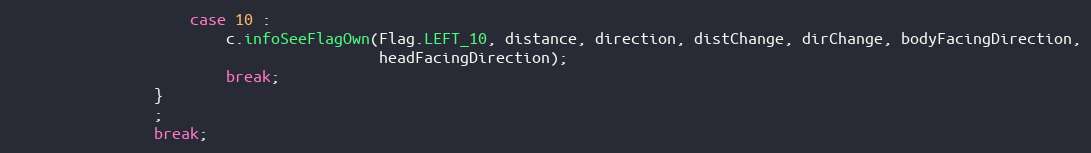
Language: Java
                    case 10 :
                        c.infoSeeFlagOwn(Flag.LEFT_10, distance, direction, distChange, dirChange, bodyFacingDirection,
                                         headFacingDirection);
                        break;
                }
                ;
                break;